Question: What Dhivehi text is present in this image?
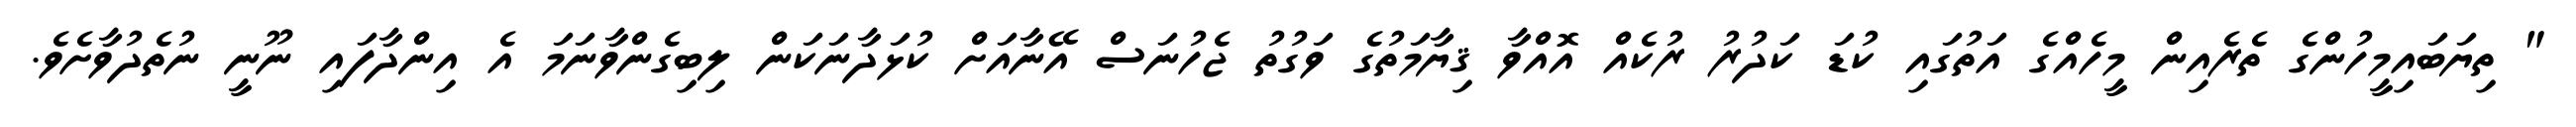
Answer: " ތިޔަބައިމީހުންގެ ތެރެއިން މީހެއްގެ އަތުގައި ކުޑަ ކަދުރު ރުކެއް އޮއްވާ ޤިޔާމަތުގެ ވަގުތު ޖެހުނަސް އޭނާއަށް ކުޅަދާނަކަން ލިބިގެންވާނަމަ އެ އިންދާފައި ނޫނީ ނުތެދުވާށެވެ.